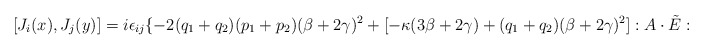
\begin{align*}[J_i(x),J_j(y)]=i\epsilon_{ij}\{-2(q_1+q_2)(p_1+p_2)(\beta+2\gamma)^2+[-\kappa(3\beta+2\gamma)+(q_1+q_2)(\beta+2\gamma)^2]:A\cdot\tilde E:\end{align*}